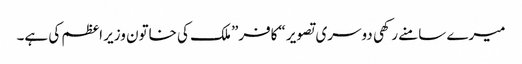
میرے سامنے رکھی دوسری تصویر “کافر” ملک کی خاتون وزیر اعظم کی ہے۔